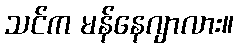
သင်က မန်နေဂျာလား။